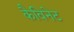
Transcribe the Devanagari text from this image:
कैविनेट